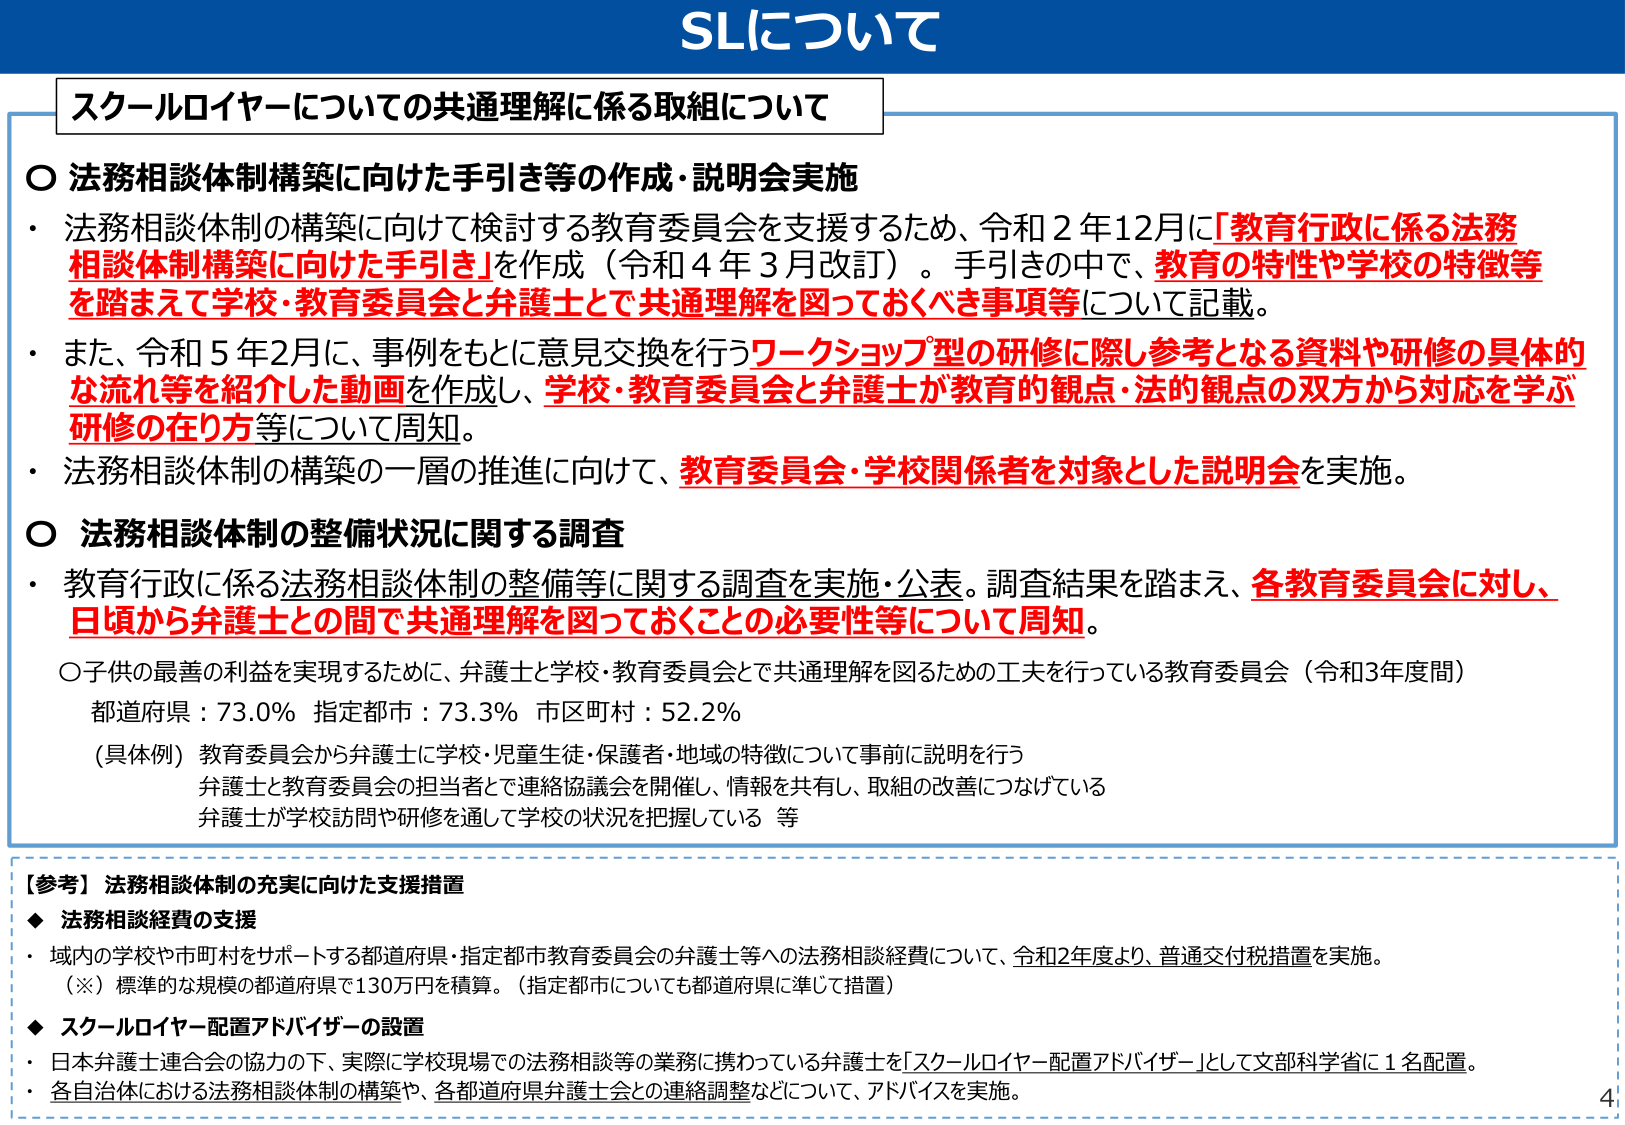
SLについて

スクールロイヤーについての共通理解に係る取組について

○ 法務相談体制構築に向けた手引き等の作成・説明会実施
・ 法務相談体制の構築に向けて検討する教育委員会を支援するため、令和２年12月に「教育行政に係る法務相談体制構築に向けた手引き」を作成（令和４年３月改訂）。手引きの中で、教育の特性や学校の特徴等を踏まえて学校・教育委員会と弁護士とで共通理解を図っておくべき事項等について記載。
・ また、令和５年2月に、事例をもとに意見交換を行うワークショップ型の研修に際し参考となる資料や研修の具体的な流れ等を紹介した動画を作成し、学校・教育委員会と弁護士が教育的観点・法的観点の双方から対応を学ぶ研修の在り方等について周知。
・ 法務相談体制の構築の一層の推進に向けて、教育委員会・学校関係者を対象とした説明会を実施。

○ 法務相談体制の整備状況に関する調査
・ 教育行政に係る法務相談体制の整備等に関する調査を実施・公表。調査結果を踏まえ、各教育委員会に対し、日頃から弁護士との間で共通理解を図っておくことの必要性等について周知。

○ 子供の最善の利益を実現するために、弁護士と学校・教育委員会とで共通理解を図るための工夫を行っている教育委員会（令和3年度間）
　都道府県：73.0%　指定都市：73.3%　市区町村：52.2%
　（具体例）教育委員会から弁護士に学校・児童生徒・保護者・地域の特徴について事前に説明を行う
　　　　　弁護士と教育委員会の担当者とで連絡協議会を開催し、情報を共有し、取組の改善につなげている
　　　　　弁護士が学校訪問や研修を通して学校の状況を把握している　等

【参考】法務相談体制の充実に向けた支援措置
◆ 法務相談経費の支援
・ 域内の学校や市町村をサポートする都道府県・指定都市教育委員会の弁護士等への法務相談経費について、令和2年度より、普通交付税措置を実施。
　（※）標準的な規模の都道府県で130万円を積算。（指定都市についても都道府県に準じて措置）

◆ スクールロイヤー配置アドバイザーの設置
・ 日本弁護士連合会の協力の下、実際に学校現場での法務相談等の業務に携わっている弁護士を「スクールロイヤー配置アドバイザー」として文部科学省に1名配置。
・ 各自治体における法務相談体制の構築や、各都道府県弁護士会との連絡調整などについて、アドバイスを実施。

4